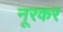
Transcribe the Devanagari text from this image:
नूरकर